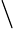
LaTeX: \backslash